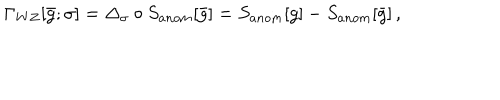
LaTeX: \Gamma _ { W Z } [ \bar { g } ; \sigma ] = \Delta _ { \sigma } \circ S _ { a n o m } [ \bar { g } ] = S _ { a n o m } [ g ] - S _ { a n o m } [ \bar { g } ] \, ,